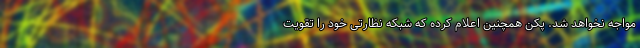
مواجه نخواهد شد. پکن همچنین اعلام کرده که شبکه نظارتی خود را تقویت